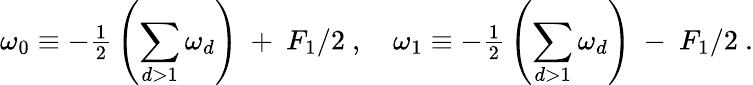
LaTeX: \omega_{0}\equiv-{{\textstyle\frac{1}{2}}}\left({\displaystyle\sum_{d>1}\omega_{d}}\right)\ +\ F_{1}/2\ ,\quad\omega_{1}\equiv-{{\textstyle\frac{1}{2}}}\left({\displaystyle\sum_{d>1}\omega_{d}}\right)\ -\ F_{1}/2\ .